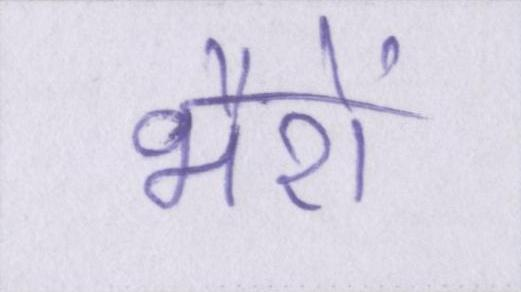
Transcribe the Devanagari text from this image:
भैरों